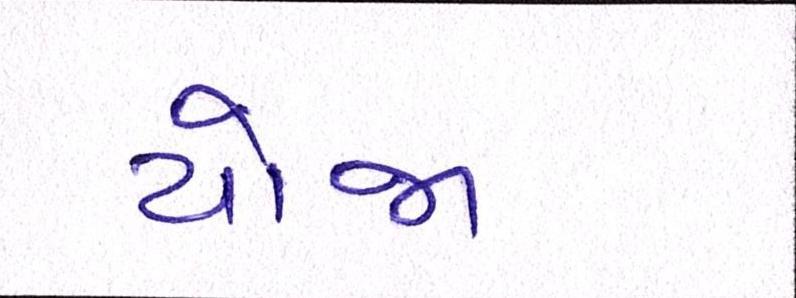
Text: યોજા